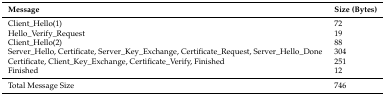
<table><thead><tr><td><b>Message</b></td><td><b>Size (Bytes)</b></td></tr></thead><tbody><tr><td>Client_Hello(1)</td><td>72</td></tr><tr><td>Hello_Verify_Request</td><td>19</td></tr><tr><td>Client_Hello(2)</td><td>88</td></tr><tr><td>Server_Hello, Certificate, Server_Key_Exchange, Certificate_Request, Server_Hello_Done</td><td>304</td></tr><tr><td>Certificate, Client_Key_Exchange, Certificate_Verify, Finished</td><td>251</td></tr><tr><td>Finished</td><td>12</td></tr><tr><td>Total Message Size</td><td>746</td></tr></tbody></table>